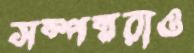
সম্পন্নরাও